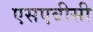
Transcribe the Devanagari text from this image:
एसएबीसी